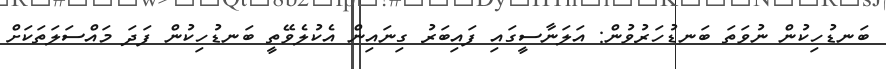
ބަނޑުހިކުން ނުވަތަ ބަނޑުހަރުވުން: އަލަނާސީގައި ފައިބަރު ގިނައިން އެކުލެވޭތީ ބަނޑުހިކުން ފަަދަ މައްސަލަތަކަށް